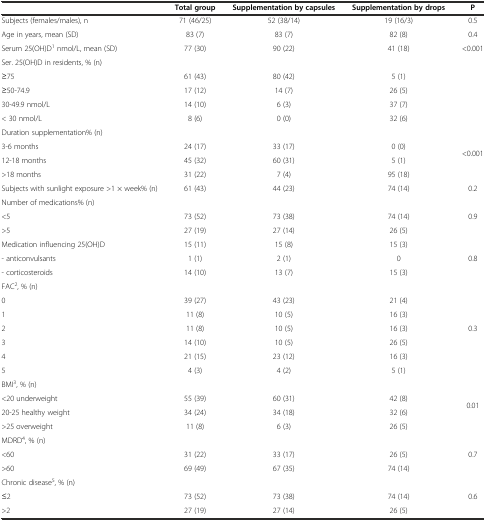
<table><thead><tr><td></td><td><b>Total group</b></td><td><b>Supplementation by capsules</b></td><td><b>Supplementation by drops</b></td><td><b>P</b></td></tr></thead><tbody><tr><td>Subjects (females/males), n</td><td>71 (46/25)</td><td>52 (38/14)</td><td>19 (16/3)</td><td>0.5</td></tr><tr><td>Age in years, mean (SD)</td><td>83 (7)</td><td>83 (7)</td><td>82 (8)</td><td>0.4</td></tr><tr><td>Serum 25(OH)D<sup>1</sup> nmol/L, mean (SD)</td><td>77 (30)</td><td>90 (22)</td><td>41 (18)</td><td>&lt;0.001</td></tr><tr><td>Ser. 25(OH)D in residents, % (n)</td><td></td><td></td><td></td><td></td></tr><tr><td>≥75</td><td>61 (43)</td><td>80 (42)</td><td>5 (1)</td><td></td></tr><tr><td>≥50-74.9</td><td>17 (12)</td><td>14 (7)</td><td>26 (5)</td><td></td></tr><tr><td>30-49.9 nmol/L</td><td>14 (10)</td><td>6 (3)</td><td>37 (7)</td><td></td></tr><tr><td>&lt; 30 nmol/L</td><td>8 (6)</td><td>0 (0)</td><td>32 (6)</td><td></td></tr><tr><td>Duration supplementation% (n)</td><td></td><td></td><td></td><td rowspan="4">&lt;0.001</td></tr><tr><td>3-6 months</td><td>24 (17)</td><td>33 (17)</td><td>0 (0)</td></tr><tr><td>12-18 months</td><td>45 (32)</td><td>60 (31)</td><td>5 (1)</td></tr><tr><td>&gt;18 months</td><td>31 (22)</td><td>7 (4)</td><td>95 (18)</td></tr><tr><td>Subjects with sunlight exposure &gt;1 × week% (n)</td><td>61 (43)</td><td>44 (23)</td><td>74 (14)</td><td>0.2</td></tr><tr><td>Number of medications% (n)</td><td></td><td></td><td></td><td rowspan="3">0.9</td></tr><tr><td>&lt;5</td><td>73 (52)</td><td>73 (38)</td><td>74 (14)</td></tr><tr><td>&gt;5</td><td>27 (19)</td><td>27 (14)</td><td>26 (5)</td></tr><tr><td>Medication influencing 25(OH)D</td><td>15 (11)</td><td>15 (8)</td><td>15 (3)</td><td rowspan="3">0.8</td></tr><tr><td>- anticonvulsants</td><td>1 (1)</td><td>2 (1)</td><td>0</td></tr><tr><td>- corticosteroids</td><td>14 (10)</td><td>13 (7)</td><td>15 (3)</td></tr><tr><td>FAC<sup>2</sup>, % (n)</td><td></td><td></td><td></td><td rowspan="7">0.3</td></tr><tr><td>0</td><td>39 (27)</td><td>43 (23)</td><td>21 (4)</td></tr><tr><td>1</td><td>11 (8)</td><td>10 (5)</td><td>16 (3)</td></tr><tr><td>2</td><td>11 (8)</td><td>10 (5)</td><td>16 (3)</td></tr><tr><td>3</td><td>14 (10)</td><td>10 (5)</td><td>26 (5)</td></tr><tr><td>4</td><td>21 (15)</td><td>23 (12)</td><td>16 (3)</td></tr><tr><td>5</td><td>4 (3)</td><td>4 (2)</td><td>5 (1)</td></tr><tr><td>BMI<sup>3</sup>, % (n)</td><td></td><td></td><td></td><td rowspan="4">0.01</td></tr><tr><td>&lt;20 underweight</td><td>55 (39)</td><td>60 (31)</td><td>42 (8)</td></tr><tr><td>20-25 healthy weight</td><td>34 (24)</td><td>34 (18)</td><td>32 (6)</td></tr><tr><td>&gt;25 overweight</td><td>11 (8)</td><td>6 (3)</td><td>26 (5)</td></tr><tr><td>MDRD<sup>4</sup>, % (n)</td><td></td><td></td><td></td><td rowspan="3">0.7</td></tr><tr><td>&lt;60</td><td>31 (22)</td><td>33 (17)</td><td>26 (5)</td></tr><tr><td>&gt;60</td><td>69 (49)</td><td>67 (35)</td><td>74 (14)</td></tr><tr><td>Chronic disease<sup>5</sup>, % (n)</td><td></td><td></td><td></td><td rowspan="3">0.6</td></tr><tr><td>≤2</td><td>73 (52)</td><td>73 (38)</td><td>74 (14)</td></tr><tr><td>&gt;2</td><td>27 (19)</td><td>27 (14)</td><td>26 (5)</td></tr></tbody></table>